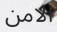
الامن